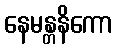
နေမန္တနိကော